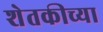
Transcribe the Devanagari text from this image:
शेतकीच्या